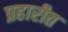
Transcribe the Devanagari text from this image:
प्रहारीत